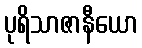
ပုရိသာဇာနီယော